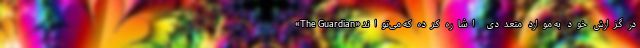
«The Guardian» در گزارش خود به موارد متعددی اشاره کرده که می‌تواند